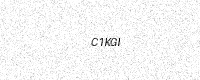
Text: C1KGI